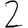
Digit: 2